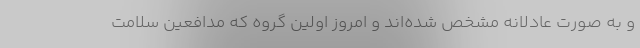
و به صورت عادلانه مشخص شده‌اند و امروز اولین گروه که مدافعین سلامت